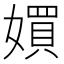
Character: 㜥